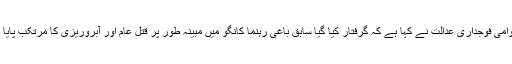
بین الاقوامی فوجداری عدالت نے کہا ہے کہ گرفتار کیا گیا سابق باغی رہنما کانگو میں مبینہ طور پر قتل عام اور آبروریزی کا مرتکب پایا گیا ہے۔